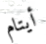
أيتام